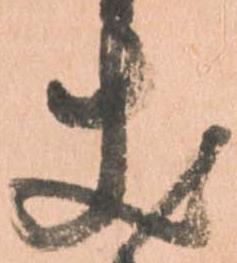
丈